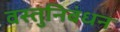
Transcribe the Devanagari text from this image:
वस्तुनिबंधन